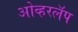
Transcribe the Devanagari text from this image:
ओव्हरलॅप